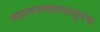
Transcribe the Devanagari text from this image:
लहानपणापपासूनच